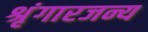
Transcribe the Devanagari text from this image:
श्रृंगारजन्य